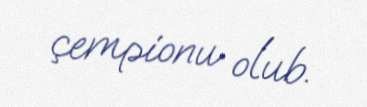
çempionu olub.